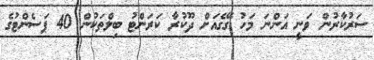
ސަރުކާރުން ވަނީ އަންނަ މަހު ގޭގެއަށް ދޫކުރާ ކަރަންޓު ބިލްތަކުން 40 ޕަސެންޓުގެ